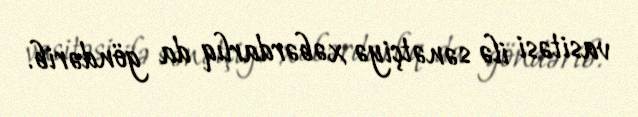
vasitəsi ilə sənətçiyə xəbərdarlıq da göndərib.